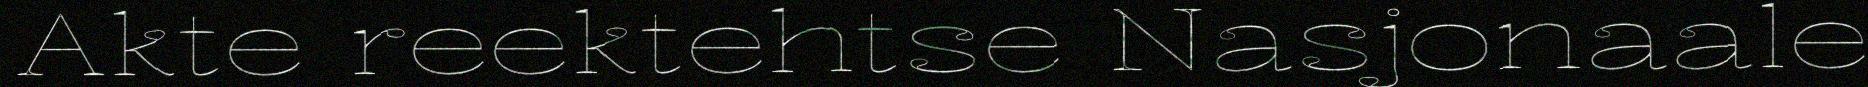
Akte reektehtse Nasjonaale